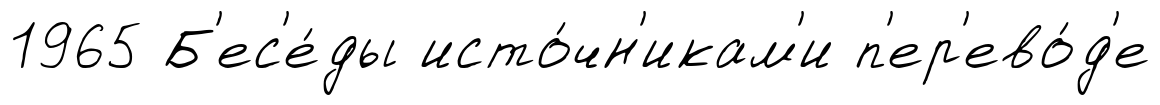
1965 Б'ес'е́ды исто́чн'икам'и п'ер'ево́д'е